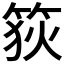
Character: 𥭳